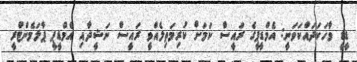
ޑީޑީ ވާހަކަދައްކަވަނީ: އެމްޑީޕީގެ ރައީސް ކަމަށް ކުރިމަތިލެއްވީ ރައީސް ނަޝީދާއި އެމްޑީޕީ ޕާލަމެންޓްރީ